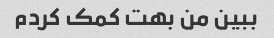
ببین من بهت کمک کردم